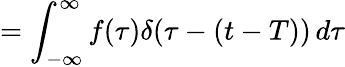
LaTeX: =\int_{-\infty}^{\infty}f(\tau)\delta(\tau-(t-T))\, d\tau